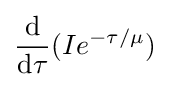
{\frac {\mathrm {d} }{\mathrm {d} \tau }}(Ie^{-\tau /\mu })